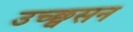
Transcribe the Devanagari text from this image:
उच्छ्वसन